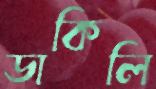
ডাকিলি